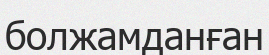
болжамданған